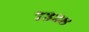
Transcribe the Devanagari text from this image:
७३२८